Medical and sanitary report of the native army of Bengal for the year
Year: 1875
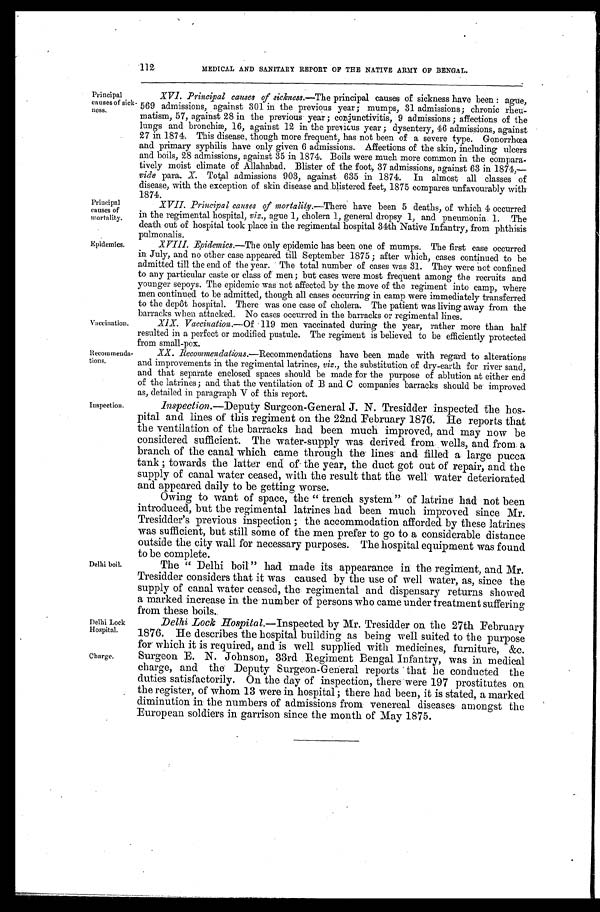
Principal
causes of
mortality.
Epidemics.
Delhi Lock
Hospital.
Charge.
112
MEDICAL AND SANITARY REPORT OF THE NATIVE ARMY OF BENGAL.
Principal
causes of sick
-ness.
XVI. Principal causes of sickness. —The principal causes of sickness have been: ague,
569 admissions, against 301 in the previous year; mumps, 31 admissions; chronic rheu
- m a t i s m , 5 7 , a g a i n s t 2 8 i n t h e p r e v i o u s y e a r ; c o n j u n c t i v i t i s , 9 a d m i s s i o n s ; a f f e c t i o n s o f t h e
lungs and bronchiæ, 16, against 12 in the previous year; dysentery, 46 admissions, against
27 in 1874. This disease, though more frequent, has not been of a severe type. Gonorrhœa
and primary syphilis have only given 6 admissions. Affections of the skin, including ulcers
and boils, 28 admissions, against 35 in 1874. Boils were much more common in the compara-
tively moist climate Of Allahabad. Blister of the foot, 37 admissions, against 63 in 1874,—
vide para. X. Total admissions 903, against 635 in 1874. In almost all classes of
disease, with the exception of skin disease and blistered feet, 1875 compares unfavourably with
1874.
XVII. Principal causes of mortality.— T h e r e h a v e b e e n 5 d e a t h s , o f w h i c h 4 o c c u r r e d
in the regimental hospital, viz., ague 1, cholera 1, general dropsy 1, and pneumonia 1. The
death out of hospital took place in the regimental hospital 34th Native Infantry, from phthisis
pulmonalis.
XVIII. Epidemics.—The only epidemic has been one of mumps. The first case occurred
in July, and no other case appeared till September 1875; after which, cases continued to be
admitted till the end of the year. The total number of cases was 31. They were not confined
to any particular caste or class of men; but cases were most frequent among the recruits and
younger sepoys. The epidemic was not affected by the move of the regiment into camp, where
men continued to be admitted, though all cases occurring in camp were immediately transferred
to the depôt hospital. There was one case of cholera. The patient was living away from the
barracks when attacked. No cases occurred in the barracks or regimental lines.
Vaccination.
Recommenda
-tions,
XIX. Vaccination. —Of 119 men vaccinated during the year, rather more than half
resulted in a perfect or modified pustule. The regiment is believed to be efficiently protected
from small-pox.
XX. Recommendations.— Recommendations have been made with regard to alterations
and improvements in the regimental latrines, viz., the substitution of dry-earth for river sand,
and that separate enclosed spaces should be made for the purpose of ablution at either end
of the latrines; and that the ventilation of B and C companies barracks should be improved
as, detailed in paragraph V of this report.
Inspection.
Delhi boil.
Inspection.—Deputy Surgeon-General J. N. Tresidder inspected the hos
- p i t a l a n d l i n e s o f t h i s r e g i m e n t o n t h e 2 2 n d F e b r u a r y 1 8 7 6 . H e r e p o r t s t h a t
the ventilation of the barracks had been much improved, and may now be
considered sufficient. The water-supply was derived from wells, and from a
branch of the canal which came through the lines and filled a large pucca
tank; towards the latter end of the year, the duct got out of repair, and the
supply of canal water ceased, with the result that the well water deteriorated
and appeared daily to be getting worse.
Owing to want of space, the "trench system" of latrine had not been
introduced, but the regimental latrines had been much improved since Mr.
Tresidder's previous inspection; the accommodation afforded by these latrines
was sufficient, but still some of the men prefer to go to a considerable distance
outside the city wall for necessary purposes. The hospital equipment was found
to be complete.
The "Delhi boil" had made its appearance in the regiment, and Mr.
Tresidder considers that it was caused by the use of well water, as, since the
supply of canal water ceased, the regimental and dispensary returns showed
a marked increase in the number of persons who came under treatment suffering
from these
b o i l s .
Delhi Lock Hospital.—Inspected by Mr. Tresidder on the 27th February
1876. He describes the hospital building as being well suited to the purpose
for which it is required, and is well supplied with medicines, furniture, &c.
Surgeon E. N. Johnson, 33rd Regiment Bengal Infantry, was in medical
charge, and the Deputy Surgeon-General reports that he conducted the
duties satisfactorily. On the day of inspection, there were 197 prostitutes on
the register, of whom 13 were in hospital; there had been, it is stated, a marked
diminution in the numbers of admissions from venereal diseases amongst the
European soldiers in garrison since the month of May 1875.